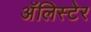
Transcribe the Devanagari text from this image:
अॅलिस्टेर